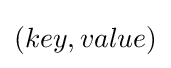
(key,value)